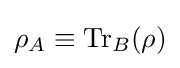
\rho _{A}\equiv \operatorname {Tr} _{B}(\rho )